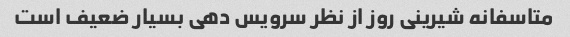
متاسفانه شیرینی روز از نظر سرویس دهی بسیار ضعیف است